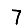
Digit: 7